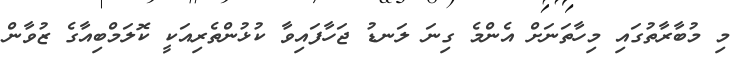
މި މުބާރާތުގައި މިހާތަނަށް އެންމެ ގިނަ ލަނޑު ޖަހާފައިވާ ކުޅުންތެރިއަކީ ކޮލަމްބިއާގެ ޒުވާން